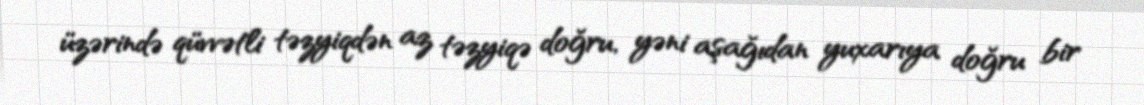
üzərində qüvvətli təzyiqdən az təzyiqə doğru, yəni aşağıdan yuxarıya doğru bir